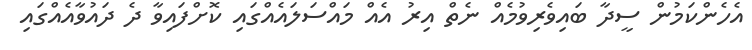
އެހެންކަމުން ސީދާ ބައިވެރިވުމެއް ނެތް އިރު އެއް މައްސަލައެއްގައި ކޮށްފައިވާ ދެ ދައުވާއެއްގައި